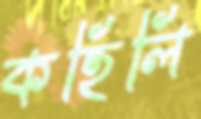
কহিলি